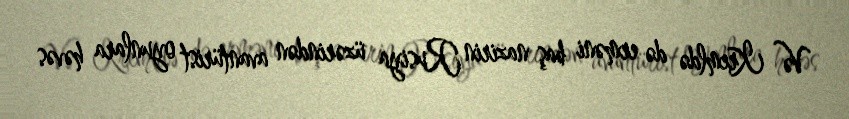
Və Kremldə də erməni baş nazirin Rusiya üzərindən avantürist oyunlara həvəs